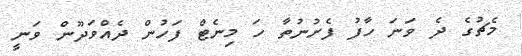
މެޗުގެ ދެ ވަނަ ހާފު ފެށުނުތާ ހަ މިނެޓް ފަހުން ދެއްވަދޫން ވަނީ